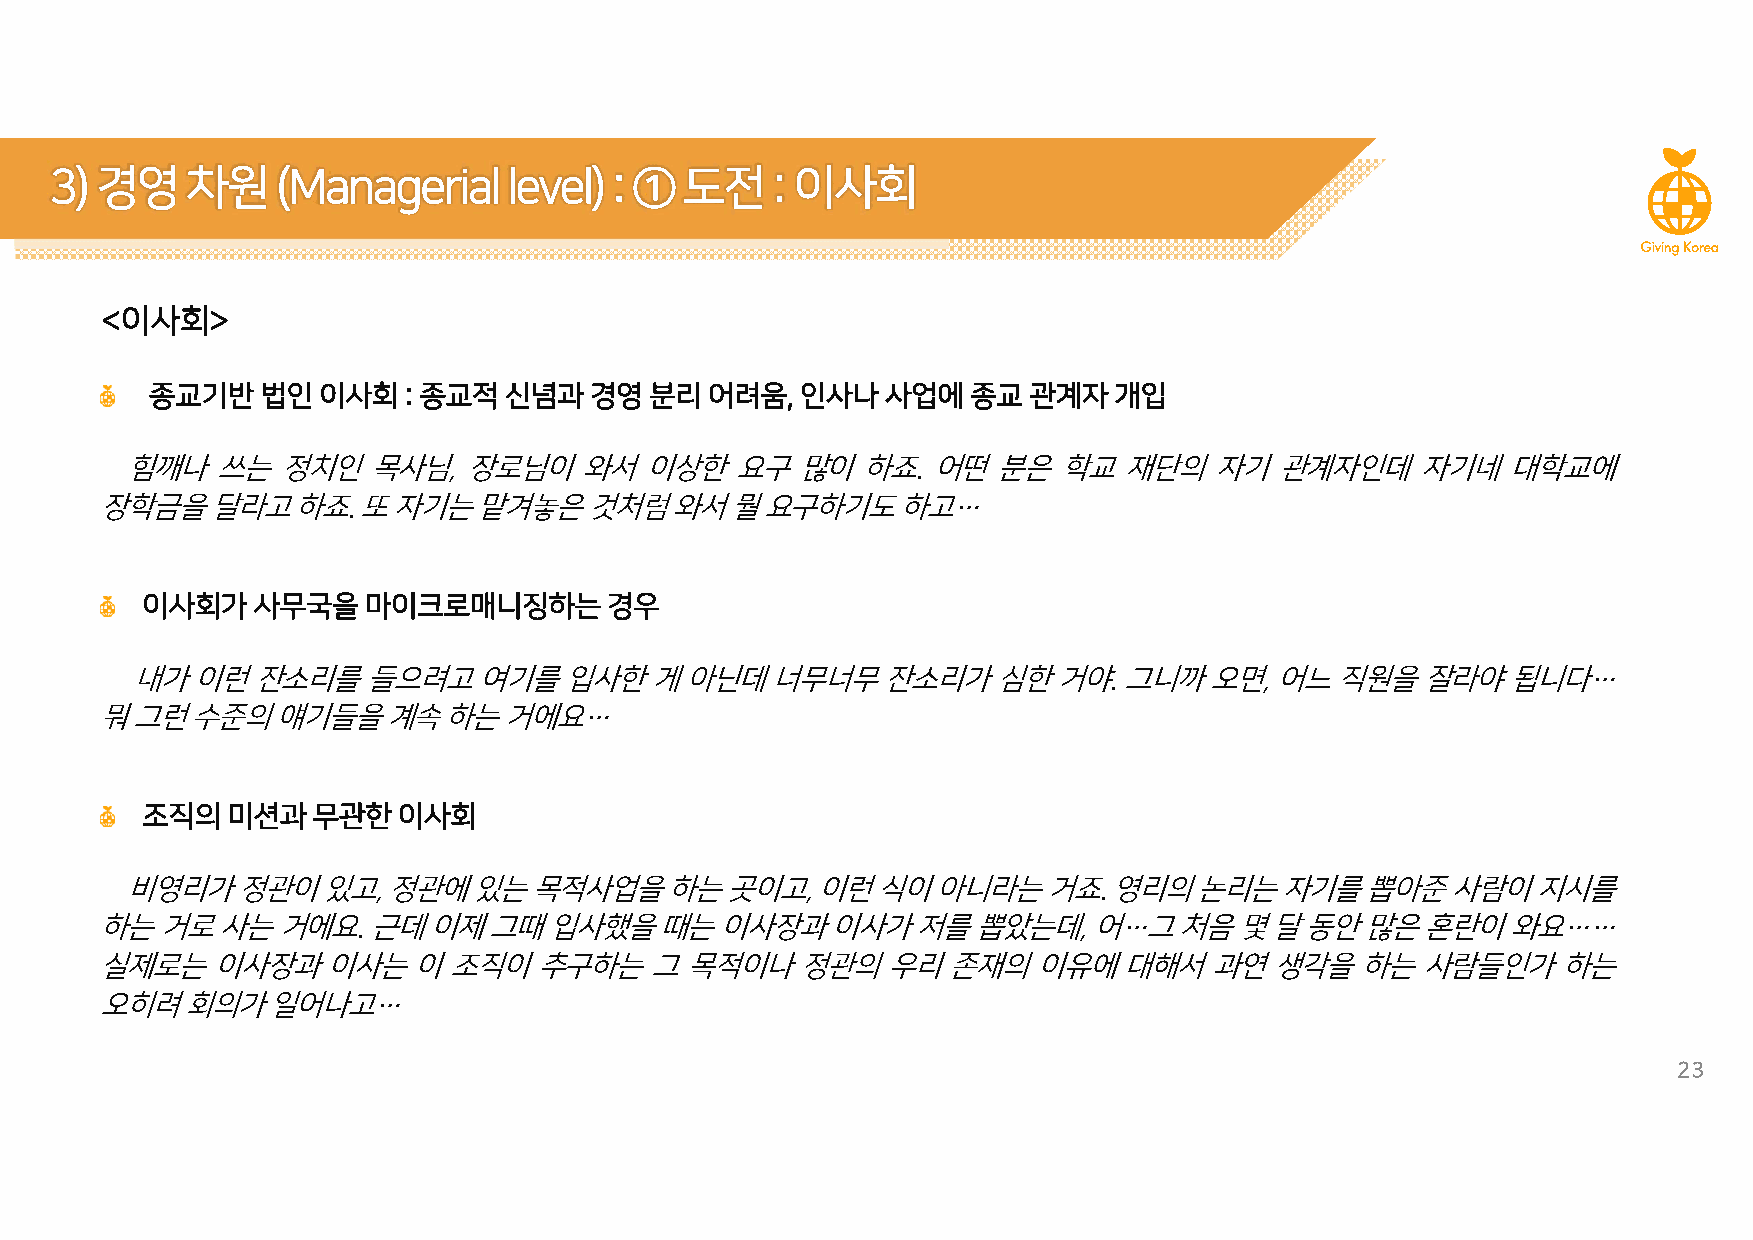
3)경영차원(Manageriallevel):①             도전:이사회
 <이사회>
 종교기반법인이사회:종교적신념과경영               분리어려움,인사나사업에종교           관계자개입
 힘깨나쓰는정치인목사님,장로님이와서이상한요구많이하죠.어떤분은학교재단의자기관계자인데자기네대학교에
 장학금을달라고하죠.또자기는맡겨놓은것처럼와서뭘요구하기도하고…
 이사회가사무국을마이크로매니징하는경우
 내가이런잔소리를들으려고여기를입사한게아닌데너무너무잔소리가심한거야.그니까오면,어느직원을잘라야됩니다…
 뭐그런수준의얘기들을계속하는거에요…
 조직의미션과무관한이사회
 비영리가정관이있고,정관에있는목적사업을하는곳이고,이런식이아니라는거죠.영리의논리는자기를뽑아준사람이지시를
 하는거로사는거에요.근데이제그때입사했을때는이사장과이사가저를뽑았는데,어…그처음몇달동안많은혼란이와요……
 실제로는이사장과이사는이조직이추구하는그목적이나정관의우리존재의이유에대해서과연생각을하는사람들인가하는
 오히려회의가일어나고…
 23